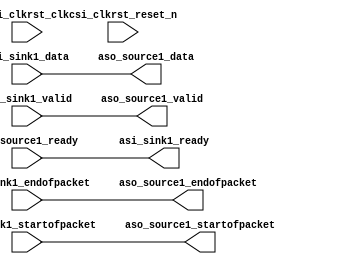
module SobelF #(
    parameter 
    IMG_X_SIZE = 100,
    IMG_Y_SIZE = 100
) (
    // clock and reset
    input wire csi_clkrst_clk,
    input wire csi_clkrst_reset_n,

    //sink
    input   wire    [7:0]  asi_sink1_data,
    input   wire            asi_sink1_startofpacket,
    input   wire            asi_sink1_endofpacket,
    input   wire            asi_sink1_valid,
    output  wire            asi_sink1_ready,

    // source
    input   wire            aso_source1_ready,
    output  wire    [7:0]   aso_source1_data,
    output  wire            aso_source1_startofpacket,
    output  wire            aso_source1_endofpacket,
    output  wire            aso_source1_valid
);
    assign aso_source1_data = asi_sink1_data;

    assign asi_sink1_ready = aso_source1_ready;
    assign aso_source1_startofpacket = asi_sink1_startofpacket;
    assign aso_source1_endofpacket = asi_sink1_endofpacket;
    assign aso_source1_valid = asi_sink1_valid;

endmodule